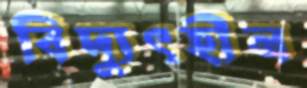
বিদ্যুৎহীন